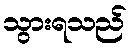
သွားရသည်